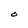
Character: O